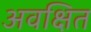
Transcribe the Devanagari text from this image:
अवक्षित